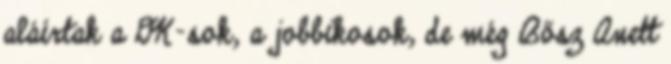
aláírtak a DK-sok, a jobbikosok, de még Bősz Anett